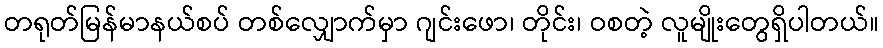
တရုတ်မြန်မာနယ်စပ် တစ်လျှောက်မှာ ဂျင်းဖော၊ တိုင်း၊ ဝစတဲ့ လူမျိုးတွေရှိပါတယ်။